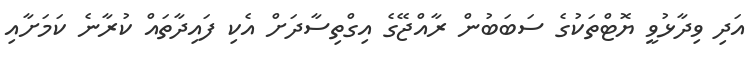
އަދި ވިދާޅުވީ ޔޮޓްތަކުގެ ސަބަބުން ރާއްޖޭގެ އިގްތިސާދަށް އެކި ފައިދާތައް ކުރާނެ ކަމަށާއި